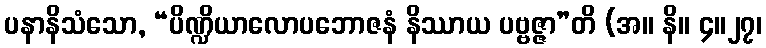
ပနာနိသံသော, “ပိဏ္ဍိယာလောပဘောဇနံ နိဿာယ ပဗ္ဗဇ္ဇာ”တိ (အ။ နိ။ ၄။၂၇၊